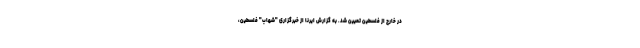
در خارج از فلسطین تعیین شد. به گزارش ایرنا از خبرگزاری "شهاب" فلسطین،